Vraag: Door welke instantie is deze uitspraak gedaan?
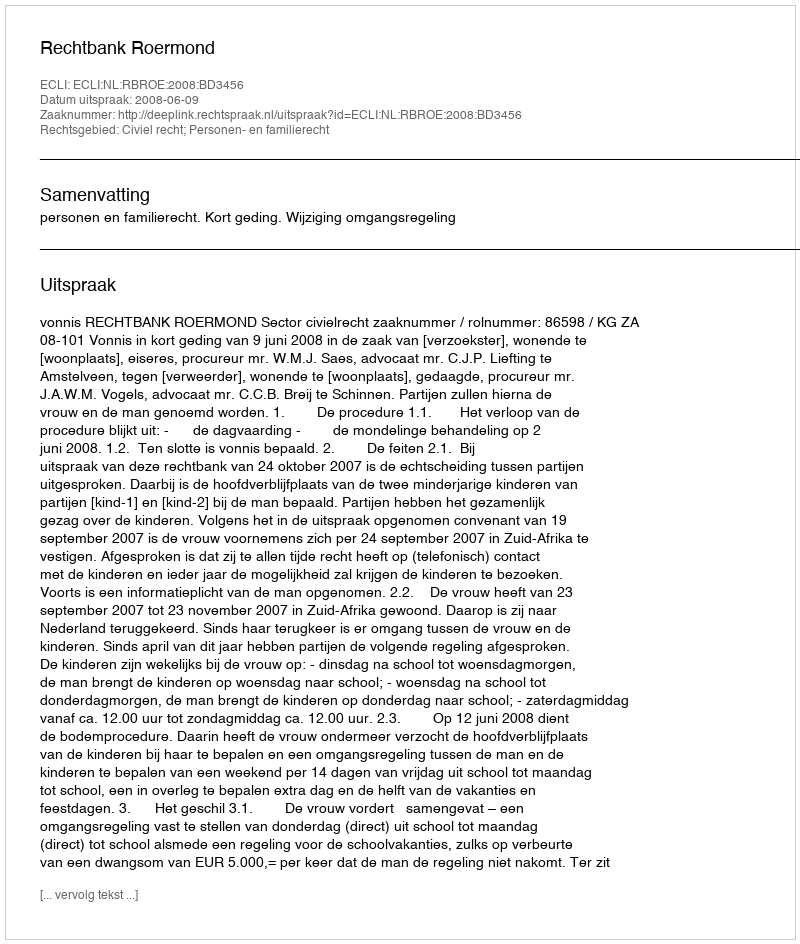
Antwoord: Rechtbank Roermond